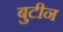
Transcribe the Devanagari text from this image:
बुटीन